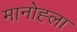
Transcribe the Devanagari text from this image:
मानोह्ला